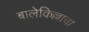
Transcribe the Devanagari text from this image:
बालेकिल्लाचा